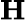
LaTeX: \mathrm{\mathbf H}